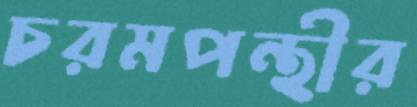
চরমপন্থীর